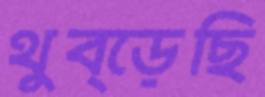
থুব্‌ড়েছি